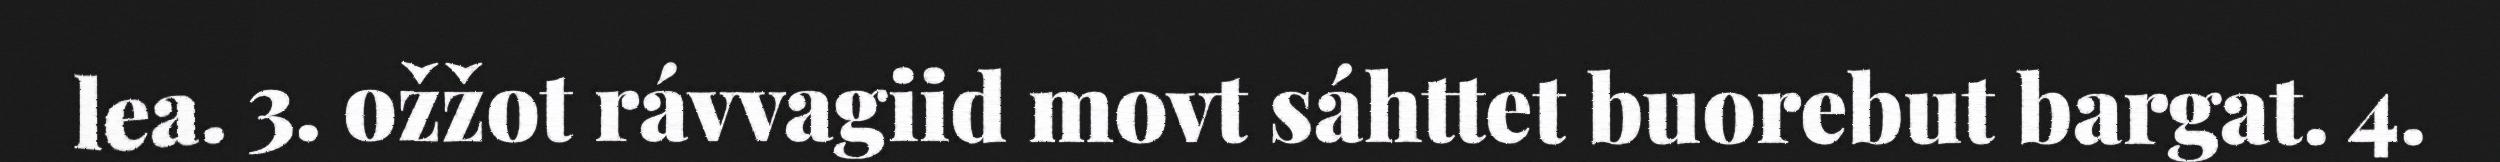
lea. 3. ožžot rávvagiid movt sáhttet buorebut bargat. 4.